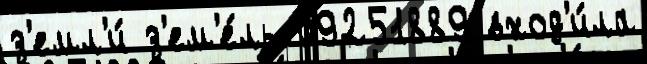
з'емл'и́ з'ем'е́ль 09251889 вход'и́ла